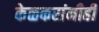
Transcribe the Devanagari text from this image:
केळकरांनीही